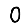
Digit: 0